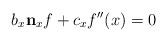
LaTeX: \begin{align*}b_x\mathbf n_x f +c_x f''(x) = 0\end{align*}